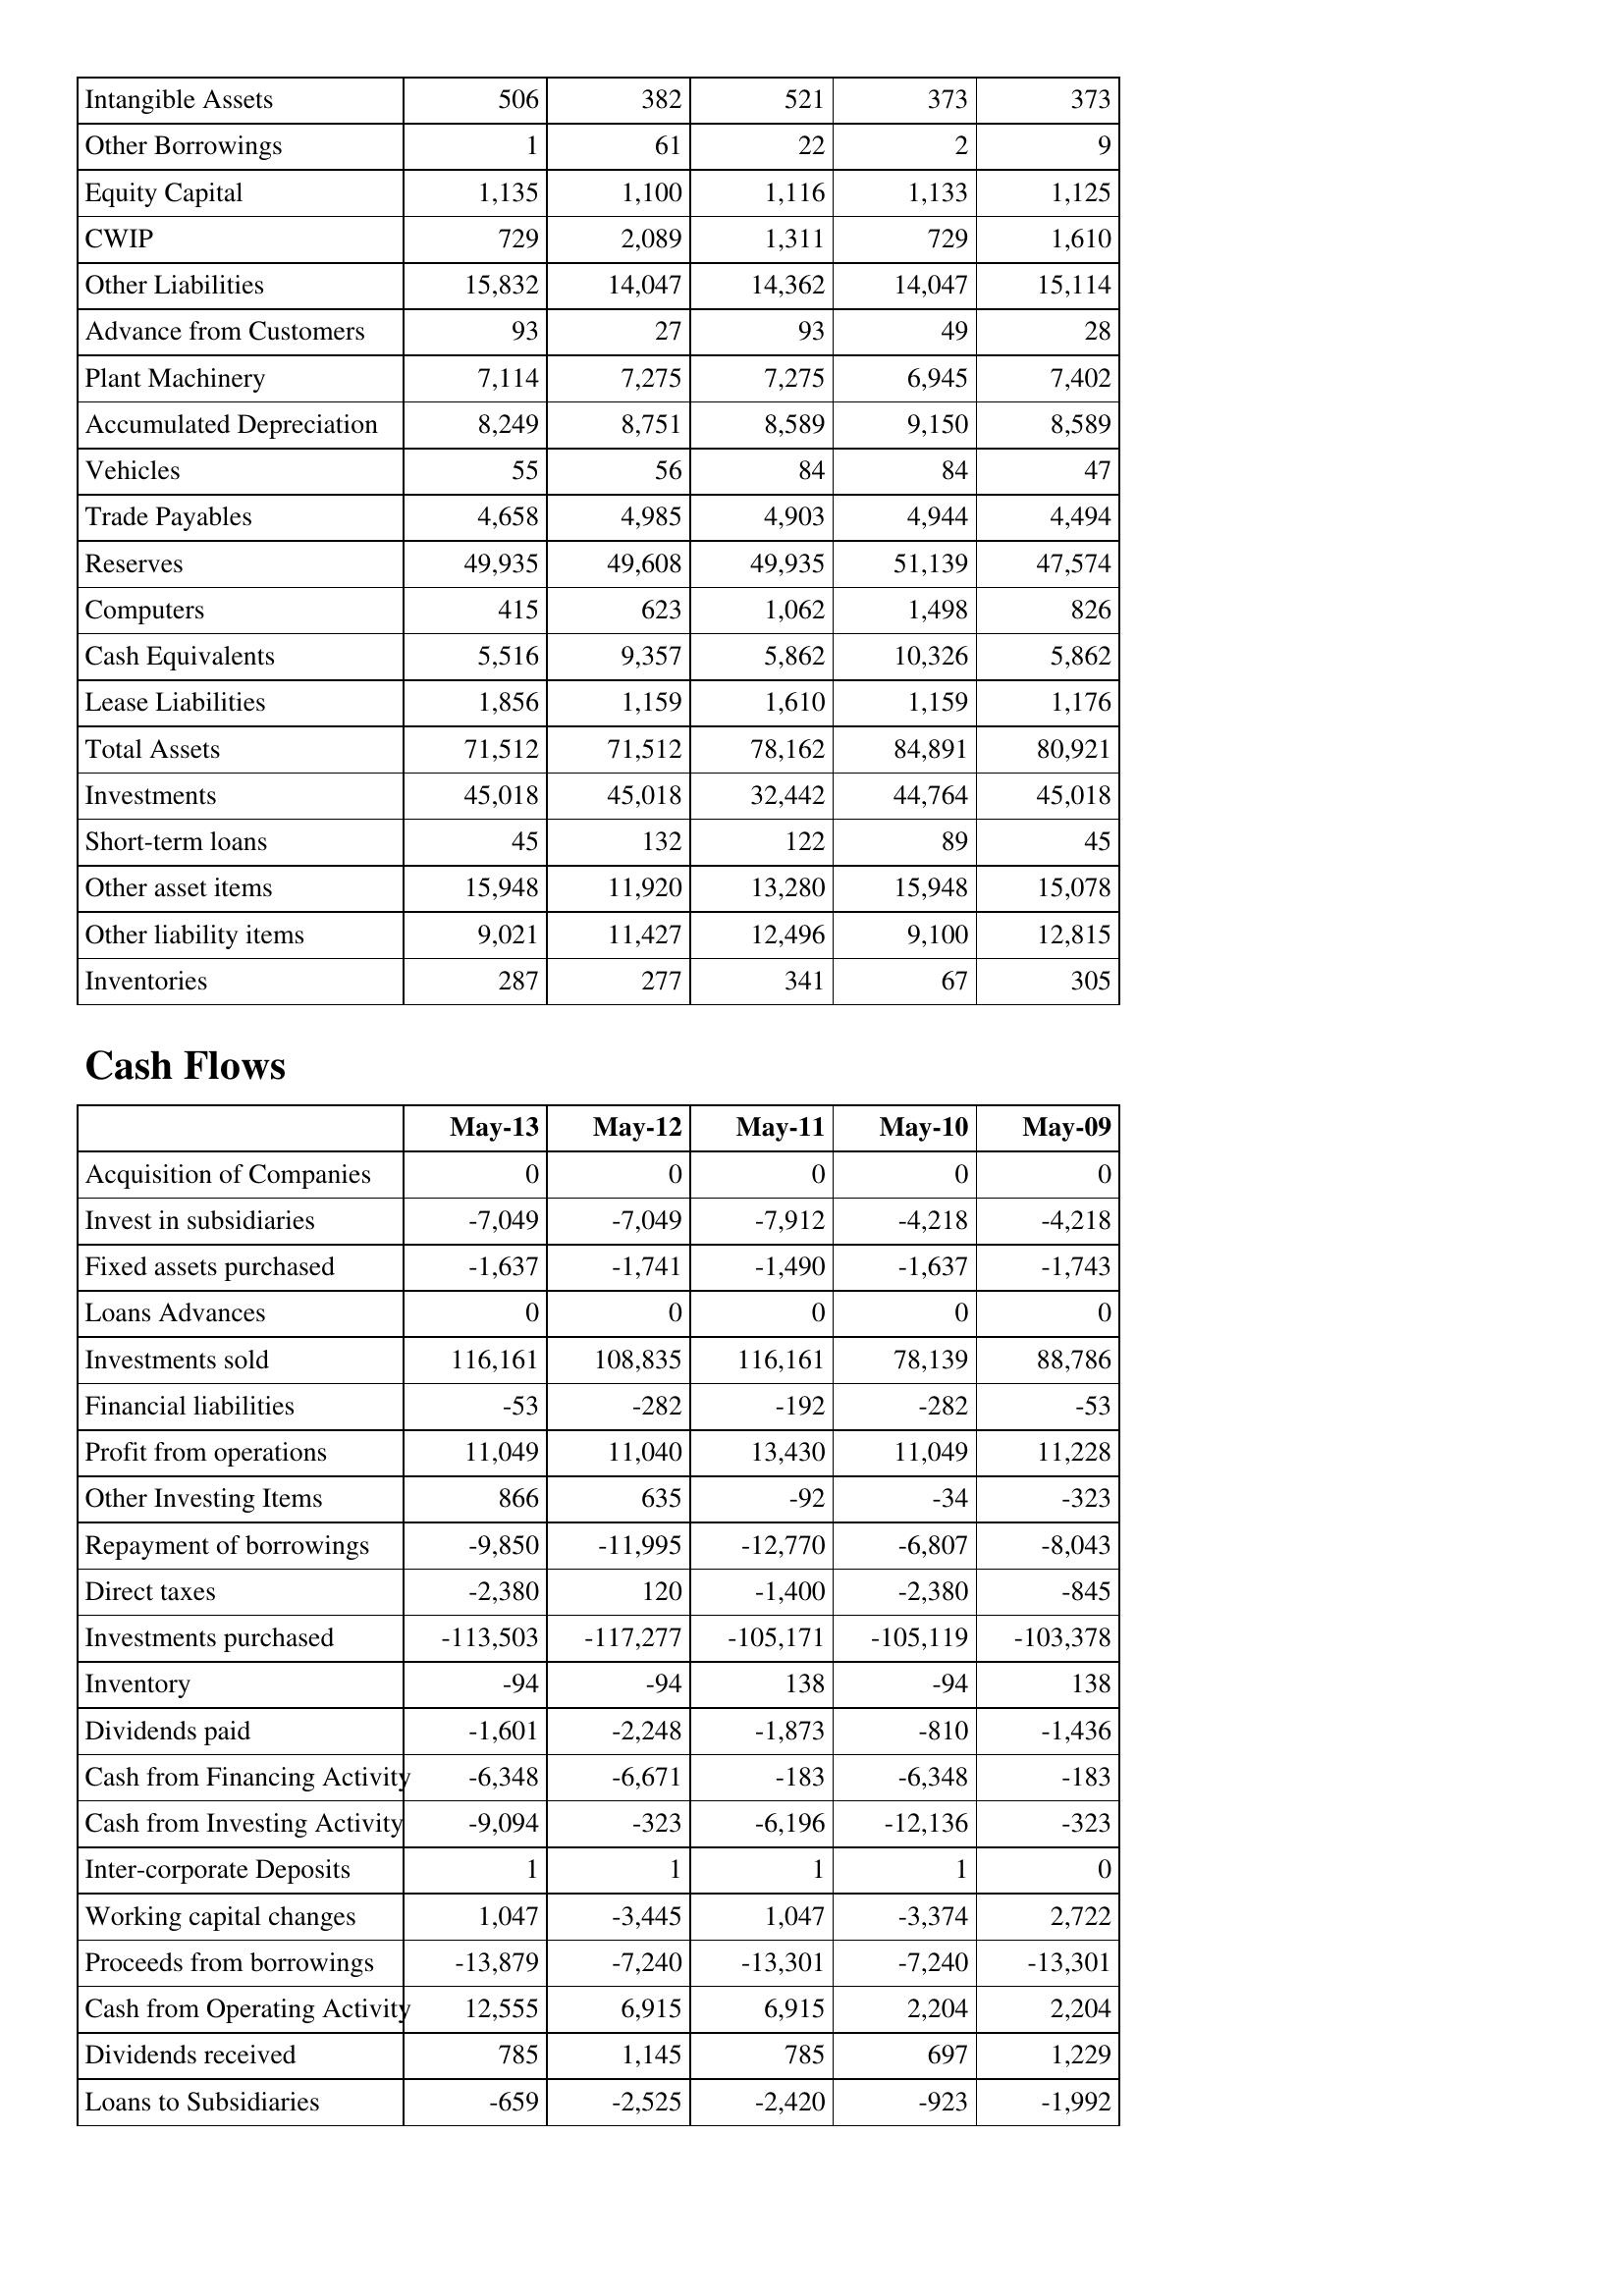
May-13: Balance Sheet: Intangible Assets: 506
Other Borrowings: 1
Equity Capital: 1,135
CWIP: 729
Other Liabilities: 15,832
Advance from Customers: 93
Plant Machinery: 7,114
Accumulated Depreciation: 8,249
Vehicles: 55
Trade Payables: 4,658
Reserves: 49,935
Computers: 415
Cash Equivalents: 5,516
Lease Liabilities: 1,856
Total Assets: 71,512
Investments: 45,018
Short-term loans: 45
Other asset items: 15,948
Other liability items: 9,021
Inventories: 287
Cash Flows: Acquisition of Companies: 0
Invest in subsidiaries: -7,049
Fixed assets purchased: -1,637
Loans Advances: 0
Investments sold: 116,161
Financial liabilities: -53
Profit from operations: 11,049
Other Investing Items: 866
Repayment of borrowings: -9,850
Direct taxes: -2,380
Investments purchased: -113,503
Inventory: -94
Dividends paid: -1,601
Cash from Financing Activity: -6,348
Cash from Investing Activity: -9,094
Inter-corporate Deposits: 1
Working capital changes: 1,047
Proceeds from borrowings: -13,879
Cash from Operating Activity: 12,555
Dividends received: 785
Loans to Subsidiaries: -659
May-12: Balance Sheet: Intangible Assets: 382
Other Borrowings: 61
Equity Capital: 1,100
CWIP: 2,089
Other Liabilities: 14,047
Advance from Customers: 27
Plant Machinery: 7,275
Accumulated Depreciation: 8,751
Vehicles: 56
Trade Payables: 4,985
Reserves: 49,608
Computers: 623
Cash Equivalents: 9,357
Lease Liabilities: 1,159
Total Assets: 71,512
Investments: 45,018
Short-term loans: 132
Other asset items: 11,920
Other liability items: 11,427
Inventories: 277
Cash Flows: Acquisition of Companies: 0
Invest in subsidiaries: -7,049
Fixed assets purchased: -1,741
Loans Advances: 0
Investments sold: 108,835
Financial liabilities: -282
Profit from operations: 11,040
Other Investing Items: 635
Repayment of borrowings: -11,995
Direct taxes: 120
Investments purchased: -117,277
Inventory: -94
Dividends paid: -2,248
Cash from Financing Activity: -6,671
Cash from Investing Activity: -323
Inter-corporate Deposits: 1
Working capital changes: -3,445
Proceeds from borrowings: -7,240
Cash from Operating Activity: 6,915
Dividends received: 1,145
Loans to Subsidiaries: -2,525
May-11: Balance Sheet: Intangible Assets: 521
Other Borrowings: 22
Equity Capital: 1,116
CWIP: 1,311
Other Liabilities: 14,362
Advance from Customers: 93
Plant Machinery: 7,275
Accumulated Depreciation: 8,589
Vehicles: 84
Trade Payables: 4,903
Reserves: 49,935
Computers: 1,062
Cash Equivalents: 5,862
Lease Liabilities: 1,610
Total Assets: 78,162
Investments: 32,442
Short-term loans: 122
Other asset items: 13,280
Other liability items: 12,496
Inventories: 341
Cash Flows: Acquisition of Companies: 0
Invest in subsidiaries: -7,912
Fixed assets purchased: -1,490
Loans Advances: 0
Investments sold: 116,161
Financial liabilities: -192
Profit from operations: 13,430
Other Investing Items: -92
Repayment of borrowings: -12,770
Direct taxes: -1,400
Investments purchased: -105,171
Inventory: 138
Dividends paid: -1,873
Cash from Financing Activity: -183
Cash from Investing Activity: -6,196
Inter-corporate Deposits: 1
Working capital changes: 1,047
Proceeds from borrowings: -13,301
Cash from Operating Activity: 6,915
Dividends received: 785
Loans to Subsidiaries: -2,420
May-10: Balance Sheet: Intangible Assets: 373
Other Borrowings: 2
Equity Capital: 1,133
CWIP: 729
Other Liabilities: 14,047
Advance from Customers: 49
Plant Machinery: 6,945
Accumulated Depreciation: 9,150
Vehicles: 84
Trade Payables: 4,944
Reserves: 51,139
Computers: 1,498
Cash Equivalents: 10,326
Lease Liabilities: 1,159
Total Assets: 84,891
Investments: 44,764
Short-term loans: 89
Other asset items: 15,948
Other liability items: 9,100
Inventories: 67
Cash Flows: Acquisition of Companies: 0
Invest in subsidiaries: -4,218
Fixed assets purchased: -1,637
Loans Advances: 0
Investments sold: 78,139
Financial liabilities: -282
Profit from operations: 11,049
Other Investing Items: -34
Repayment of borrowings: -6,807
Direct taxes: -2,380
Investments purchased: -105,119
Inventory: -94
Dividends paid: -810
Cash from Financing Activity: -6,348
Cash from Investing Activity: -12,136
Inter-corporate Deposits: 1
Working capital changes: -3,374
Proceeds from borrowings: -7,240
Cash from Operating Activity: 2,204
Dividends received: 697
Loans to Subsidiaries: -923
May-09: Balance Sheet: Intangible Assets: 373
Other Borrowings: 9
Equity Capital: 1,125
CWIP: 1,610
Other Liabilities: 15,114
Advance from Customers: 28
Plant Machinery: 7,402
Accumulated Depreciation: 8,589
Vehicles: 47
Trade Payables: 4,494
Reserves: 47,574
Computers: 826
Cash Equivalents: 5,862
Lease Liabilities: 1,176
Total Assets: 80,921
Investments: 45,018
Short-term loans: 45
Other asset items: 15,078
Other liability items: 12,815
Inventories: 305
Cash Flows: Acquisition of Companies: 0
Invest in subsidiaries: -4,218
Fixed assets purchased: -1,743
Loans Advances: 0
Investments sold: 88,786
Financial liabilities: -53
Profit from operations: 11,228
Other Investing Items: -323
Repayment of borrowings: -8,043
Direct taxes: -845
Investments purchased: -103,378
Inventory: 138
Dividends paid: -1,436
Cash from Financing Activity: -183
Cash from Investing Activity: -323
Inter-corporate Deposits: 0
Working capital changes: 2,722
Proceeds from borrowings: -13,301
Cash from Operating Activity: 2,204
Dividends received: 1,229
Loans to Subsidiaries: -1,992